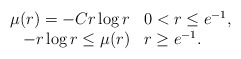
\begin{align*}\begin{array}{rl}\mu(r) = - C r \log r& 0 < r \le e^{-1}, \\- r \log r \le \mu(r)& r \ge e^{-1}.\end{array}\end{align*}